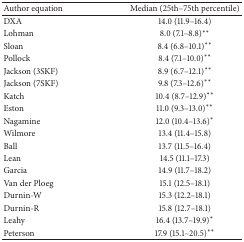
<table><thead><tr><td><b>Author equation </b></td><td><b>Median (25th–75th percentile)</b></td></tr></thead><tbody><tr><td>DXA</td><td>14.0 (11.9–16.4)</td></tr><tr><td>Lohman</td><td>8.0 (7.1–8.8)<sup><i>∗∗</i></sup></td></tr><tr><td>Sloan</td><td>8.4 (6.8–10.1)<sup><i>∗∗</i></sup></td></tr><tr><td>Pollock</td><td>8.4 (7.1–10.0)<sup><i>∗∗</i></sup></td></tr><tr><td>Jackson (3SKF)</td><td>8.9 (6.7–12.1)<sup><i>∗∗</i></sup></td></tr><tr><td>Jackson (7SKF)</td><td>9.8 (7.3–12.6)<sup><i>∗∗</i></sup></td></tr><tr><td>Katch</td><td>10.4 (8.7–12.9)<sup><i>∗∗</i></sup></td></tr><tr><td>Eston</td><td>11.0 (9.3–13.0)<sup><i>∗∗</i></sup></td></tr><tr><td>Nagamine</td><td>12.0 (10.4–13.6)<sup><i>∗</i></sup></td></tr><tr><td>Wilmore</td><td>13.4 (11.4–15.8)</td></tr><tr><td>Ball</td><td>13.7 (11.5–16.4)</td></tr><tr><td>Lean</td><td>14.5 (11.1–17.3)</td></tr><tr><td>Garcia</td><td>14.9 (11.7–18.2)</td></tr><tr><td>Van der Ploeg</td><td>15.1 (12.5–18.1)</td></tr><tr><td>Durnin-W</td><td>15.3 (12.2–18.1)</td></tr><tr><td>Durnin-R</td><td>15.8 (12.7–18.1)</td></tr><tr><td>Leahy</td><td>16.4 (13.7–19.9)<sup><i>∗</i></sup></td></tr><tr><td>Peterson</td><td>17.9 (15.1–20.5)<sup><i>∗∗</i></sup></td></tr></tbody></table>